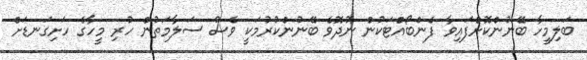
ބަލިމީހާ ބޭނުންކޮށްފައިވާ ފެންބޯއްޓަކުން ނުދޮވެ ބޭނުންކުރުމަކީ ވެސް ސަލާމަތުން ހުރި މީހާގެ ހަށިގަނޑަށް